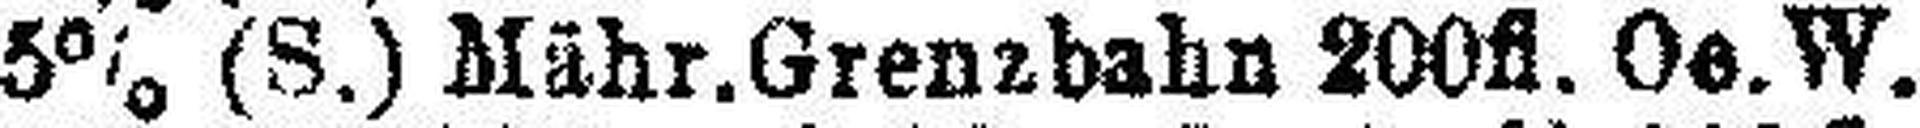
5% (S.) Mähr.Grenzbahn 200fl. Oe. W.